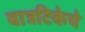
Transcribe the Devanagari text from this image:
वात्रटिकेचे